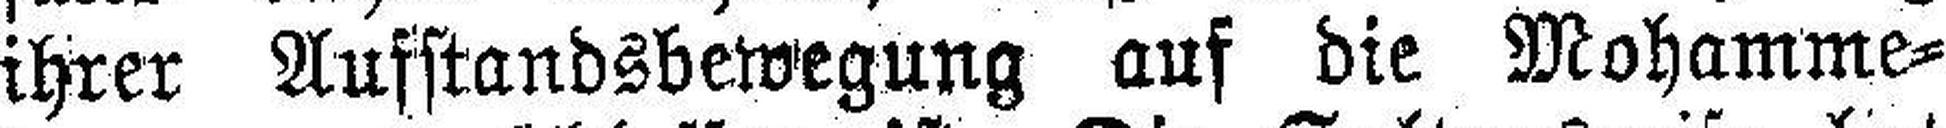
ihrer Ausstandsbewegung auf die Mohamme¬